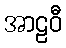
အာဠဝီ